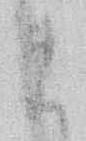
ま